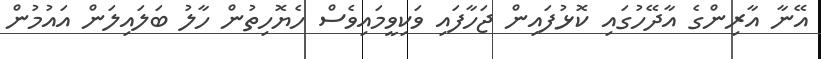
އޭނާ އާރިންގެ އާދޭހުގައި ކޮޅުފައިން ޖަހާފައި ވަކިވީމައިވެސް ހެޔޮހިތުން ހާލު ބަލައިލަން އައުމުން